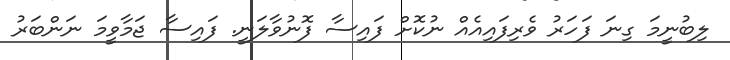
ލިބުނީމަ ގިނަ ފަހަރު ވެރިފައިއެއް ނުކޮށް ފައިސާ ފޮނުވާލަނީ. ފައިސާ ޖަމާވީމަ ނަންބަރު